Problem: 32 + 5 = ?
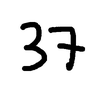
Handwritten answer: 37